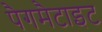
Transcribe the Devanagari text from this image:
पैगमैटाइट